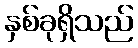
နှစ်ခုရှိသည်